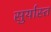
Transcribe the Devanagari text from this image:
सुर्यास्‍त